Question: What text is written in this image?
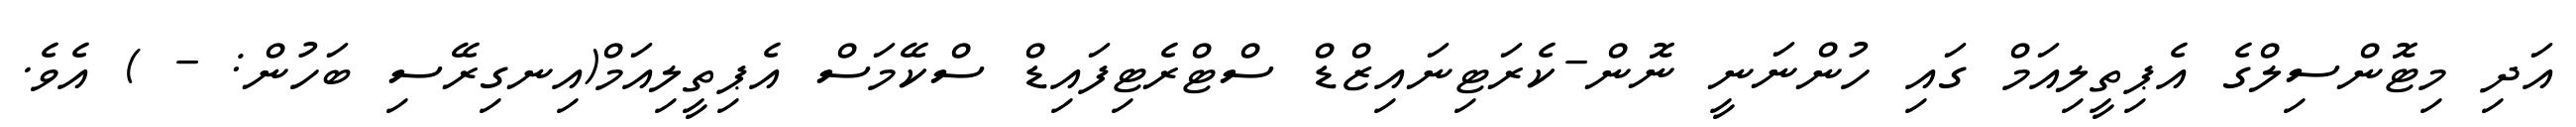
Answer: އަދި މިޓޮންސިލްގެ އެޕިތީލިއަމް ގައި ހުންނަނީ ނޮން-ކެރަޓިނައިޒްޑް ސްޓްރެޓިފައިޑް ސްކޭމަސް އެޕިތީލިއަމް(އިނގިރޭސި ބަހުން: - ) އެވެ.